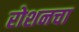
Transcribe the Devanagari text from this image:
रोशनचा